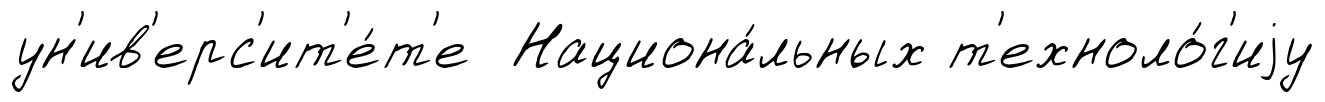
ун'ив'ерс'ит'е́т'е Национа́льных т'ехноло́г'иjу